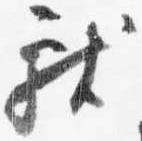
献